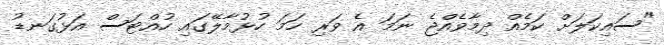
"ސައިކަލަށް ކަމެއް ދިމާވެއްޖެ ނަމަ އެ ވަރި ހަމަ ހުޅުމާލޭގައި ހުއްޓަސް އަޅުގަނޑު